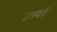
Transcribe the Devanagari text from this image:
छत्रपतीं